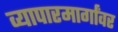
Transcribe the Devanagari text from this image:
व्यापारमार्गांवर